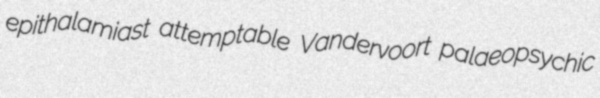
epithalamiast attemptable Vandervoort palaeopsychic